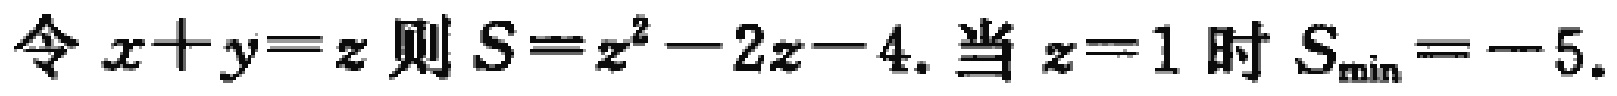
令 \(x + y = z\) 则 \(S = z^{2}-2z - 4\). 当 \(z = 1\) 时 \(S_{\min}=-5\).